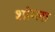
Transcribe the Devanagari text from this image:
शांग्ला